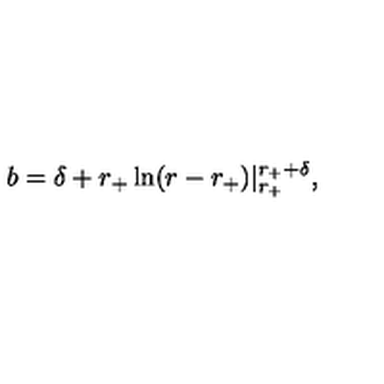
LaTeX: b = \delta + r _ { + } \ln ( r - r _ { + } ) | _ { r _ { + } } ^ { r _ { + } + \delta } ,